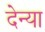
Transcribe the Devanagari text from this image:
देन्या